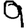
Digit: 9